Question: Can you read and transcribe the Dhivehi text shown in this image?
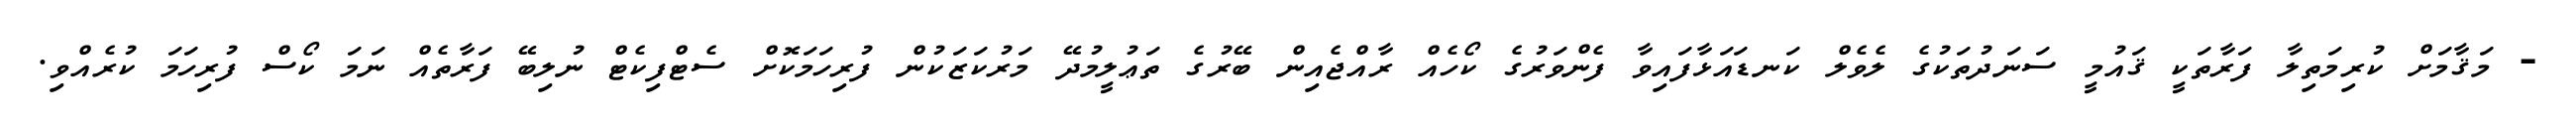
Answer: - މަޤާމަށް ކުރިމަތިލާ ފަރާތަކީ ޤައުމީ ސަނަދުތަކުގެ ލެވެލް ކަނޑައަޅާފައިވާ ފެންވަރުގެ ކޯހެއް ރާއްޖެއިން ބޭރުގެ ތަޢުލީމުދޭ މަރުކަޒަކުން ފުރިހަމަކޮށް ސެޓްފިކެޓް ނުލިބޭ ފަރާތެއް ނަމަ ކޯސް ފުރިހަމަ ކުރެއްވި.